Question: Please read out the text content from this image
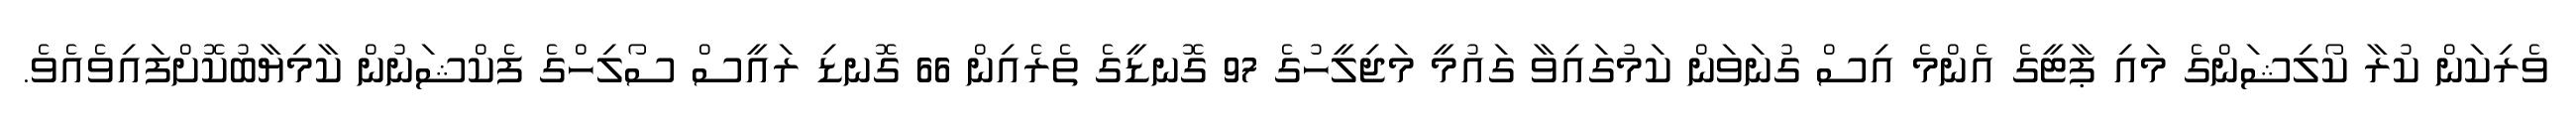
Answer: ވެރިކަން ކުރާ ކޯލިޝަންގެ މައި ޕާޓީގެ އެންމެ އިސް ގުނަވަން ކަމުގައިވާ ގައުމީ މަޖިލީހުގެ 97 ގޮނޑީގެ ތެރެއިން 66 ގޮނޑި ރައީސް ސޯލިހްގެ ފެކްޝަނުން ކާމިޔާބުކޮށްފައިވެއެވެ.